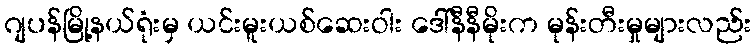
ဂျပန်မြို့နယ်ရုံးမှ ယင်းမူးယစ်ဆေးဝါး ဒေါ်နီနီမိုးက မုန်းတီးမှုများလည်း